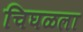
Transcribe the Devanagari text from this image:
चिघळला